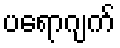
ပရောဂျက်